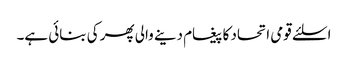
اسلئے قومی اتحاد کا پیغام دینے والی پھر کی بنائی ہے۔